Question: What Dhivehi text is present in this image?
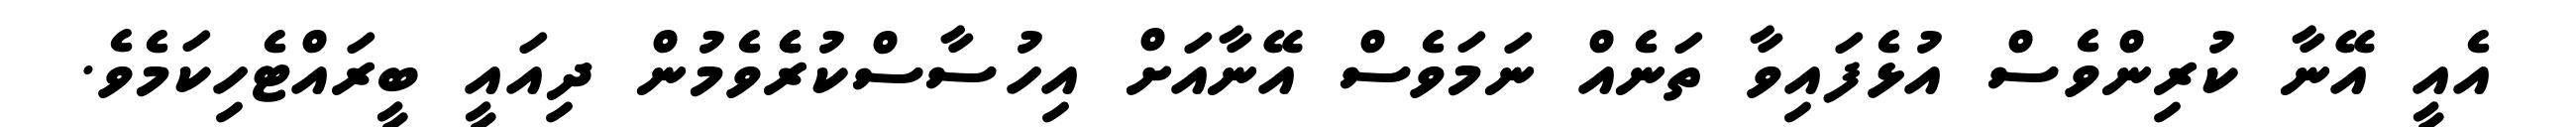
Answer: އެއީ އޭނާ ކުރިންވެސް އުޅެފައިވާ ތަނެއް ނަމަވެސް އޭނާއަށް އިހުސާސްކުރެެވެމުން ދިއައީ ބީރައްޓެހިކަމެވެ.